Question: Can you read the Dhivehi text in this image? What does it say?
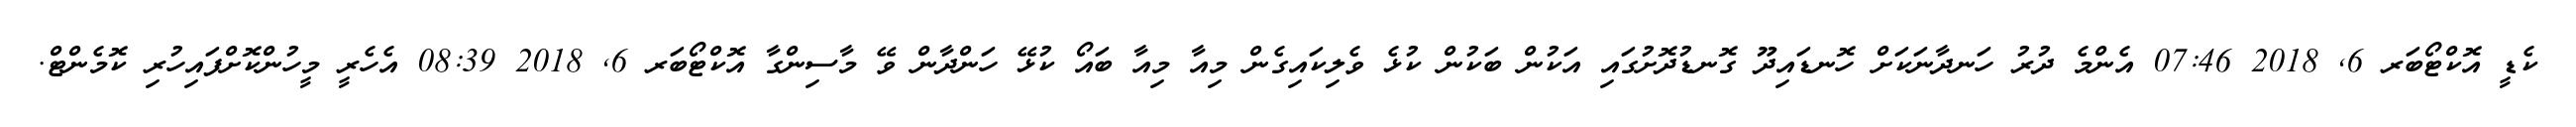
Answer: ކެޑީ އޮކްޓޯބަރ 6, 2018 07:46 އެންމެ ދުރު ހަނދާނަކަށް ހޮނޑައިދޫ ގޮނޑުދޮށުގައި އަކުން ބަކުން ކުޅެ ވެލިކައިގެން މިއާ މިއާ ބައޯ ކުޅޭ ހަންދާން ވޭ މާސިންގާ އޮކްޓޯބަރ 6, 2018 08:39 އެހެރީ މީހުންކޮށްފައިހުރި ކޮމެންޓް.